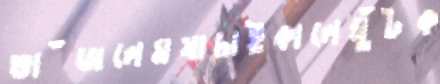
ভাঁজলেমযাচাইকালেঘুঁটক